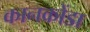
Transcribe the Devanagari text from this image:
कानकोंडा